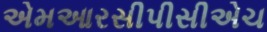
એમઆરસીપીસીએચ